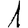
Digit: 1